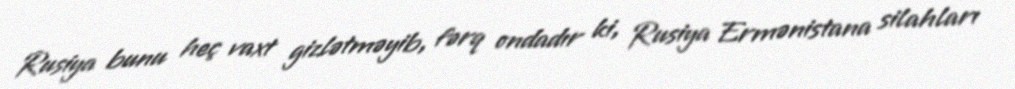
Rusiya bunu heç vaxt gizlətməyib, fərq ondadır ki, Rusiya Ermənistana silahları